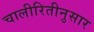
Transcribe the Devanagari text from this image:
चालीरितीनुसार